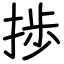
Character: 捗